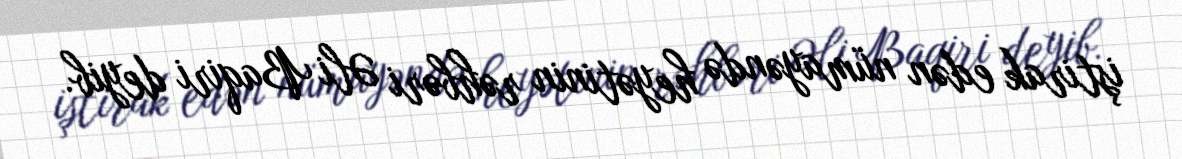
iştirak edən nümayəndə heyətinin rəhbəri Əli Baqiri deyib.